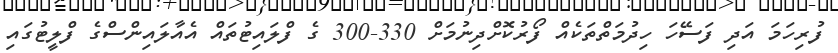
ފުރިހަމަ އަދި ފަސޭހަ ހިދުމަތްތަކެއް ފޯރުކޮށްދިނުމަށް 330-300 ގެ ފްލައިޓުތައް އެއާލައިންސްގެ ފްލީޓުގައި